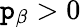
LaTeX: \mathtt{p}_{\beta}>0